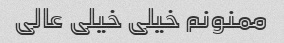
ممنونم خیلی خیلی عالی